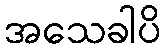
အသေခါပိ